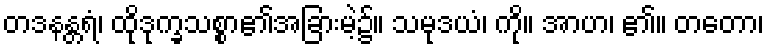
တဒနန္တရံ၊ ထိုဒုက္ခသစ္စာ၏အခြားမဲ့၌။ သမုဒယံ၊ ကို။ အာဟ၊ ၏။ တတော၊